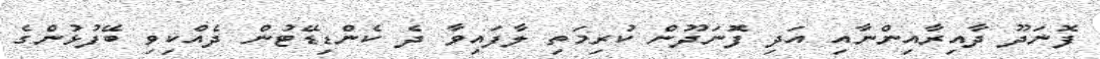
ފޮނަދޫ ދާއިރާއިންނާއި އަދި ފޮނަދޫން ކުރިމަތި ލާފައިވާ ދެ ކެންޑިޑޭޓުން ދެއްކިވި ބޭފުޅުންގެ